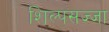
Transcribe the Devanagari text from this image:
शिल्पसज्जा